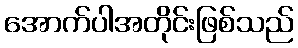
အောက်ပါအတိုင်းဖြစ်သည်